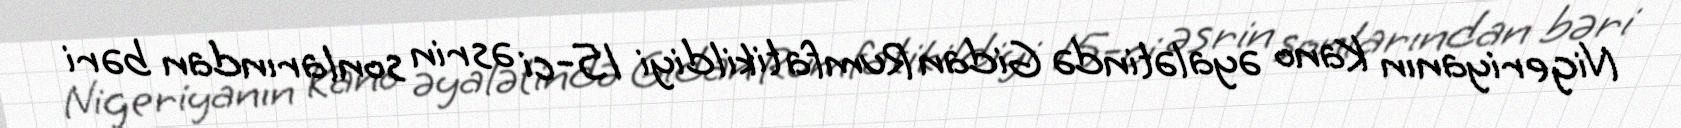
Nigeriyanın Kano əyalətində Gidan Rumfa tikildiyi 15-ci əsrin sonlarından bəri